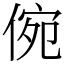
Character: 倇